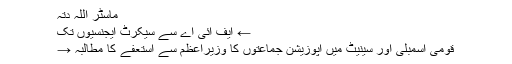
ماسٹر اللہ دتہ
← ایف آئی اے سے سیکرٹ ایجنسیوں تک
قومی اسمبلی اور سینیٹ میں اپوزیشن جماعتوں کا وزیراعظم سے استعفے کا مطالبہ →